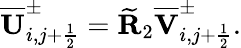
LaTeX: \overline{{\mathbf{U}}}_{i,j+\frac{1}{2}}^{\pm}=\widetilde{\mathbf{R}}_{2}\overline{{\mathbf{V}}}_{i,j+\frac{1}{2}}^{\pm}.